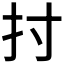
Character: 𢩭